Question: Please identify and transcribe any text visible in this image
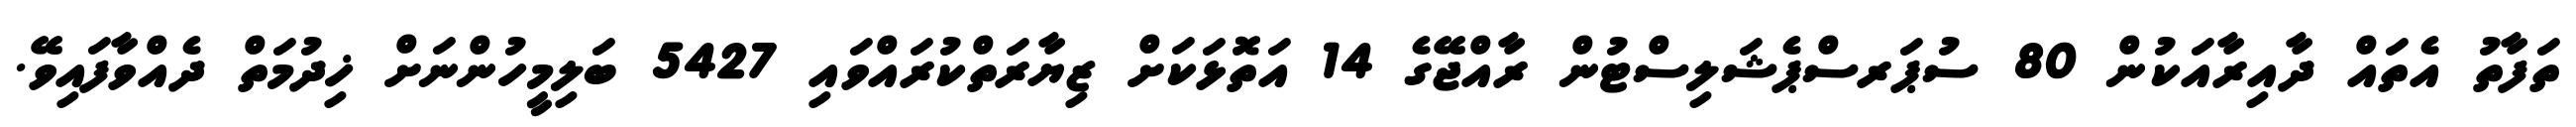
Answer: ތަފާތު އެތައް ދާއިރާއަކުން 80 ސުޕަރސްޕެޝަލިސްޓުން ރާއްޖޭގެ 14 އަތޮޅަކަށް ޒިޔާރަތްކުރައްވައި 5427 ބަލިމީހުންނަށް ޚިދުމަތް ދެއްވާފައިވޭ.